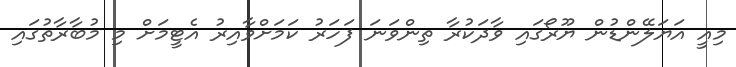
މިއީ އަޔަލޭންޑުން ޔޫރޯގައި ވާދަކުރާ ތިންވަނަ ފަހަރު ކަމަށްވާއިރު އެޓީމަށް މި މުބާރާތުގައި